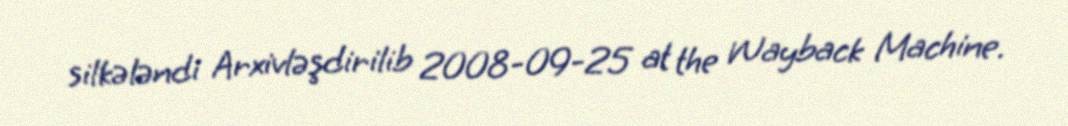
silkələndi Arxivləşdirilib 2008-09-25 at the Wayback Machine.